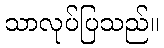
သာလုပ်ပြသည်။